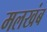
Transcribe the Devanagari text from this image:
मलखंब